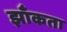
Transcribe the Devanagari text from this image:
झाँकता